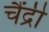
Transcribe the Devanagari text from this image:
चैंद्री